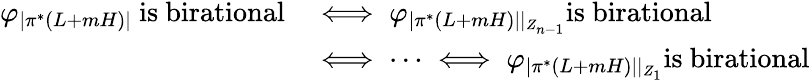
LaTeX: \begin{array}{rl}{\varphi_{|\pi^{*}(L+mH)|}\mathrm{~is~birational}}&{\iff\varphi_{|\pi^{*}(L+mH)||_{Z_{n-1}}}\mathrm{is~birational}}\\ &{\iff\cdots\iff\varphi_{|\pi^{*}(L+mH)||_{Z_{1}}}\mathrm{is~birational}}\end{array}